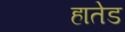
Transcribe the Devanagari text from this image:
हातेड